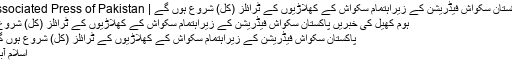
پاکستان سکواش فیڈریشن کے زیراہتمام سکواش کے کھلاڑیوں کے ٹرائلز (کل) شروع ہوں گے | Associated Press of Pakistan
ہوم کھیل کی خبریں پاکستان سکواش فیڈریشن کے زیراہتمام سکواش کے کھلاڑیوں کے ٹرائلز (کل) شروع...
پاکستان سکواش فیڈریشن کے زیراہتمام سکواش کے کھلاڑیوں کے ٹرائلز (کل) شروع ہوں گے
اسلام آباد ۔